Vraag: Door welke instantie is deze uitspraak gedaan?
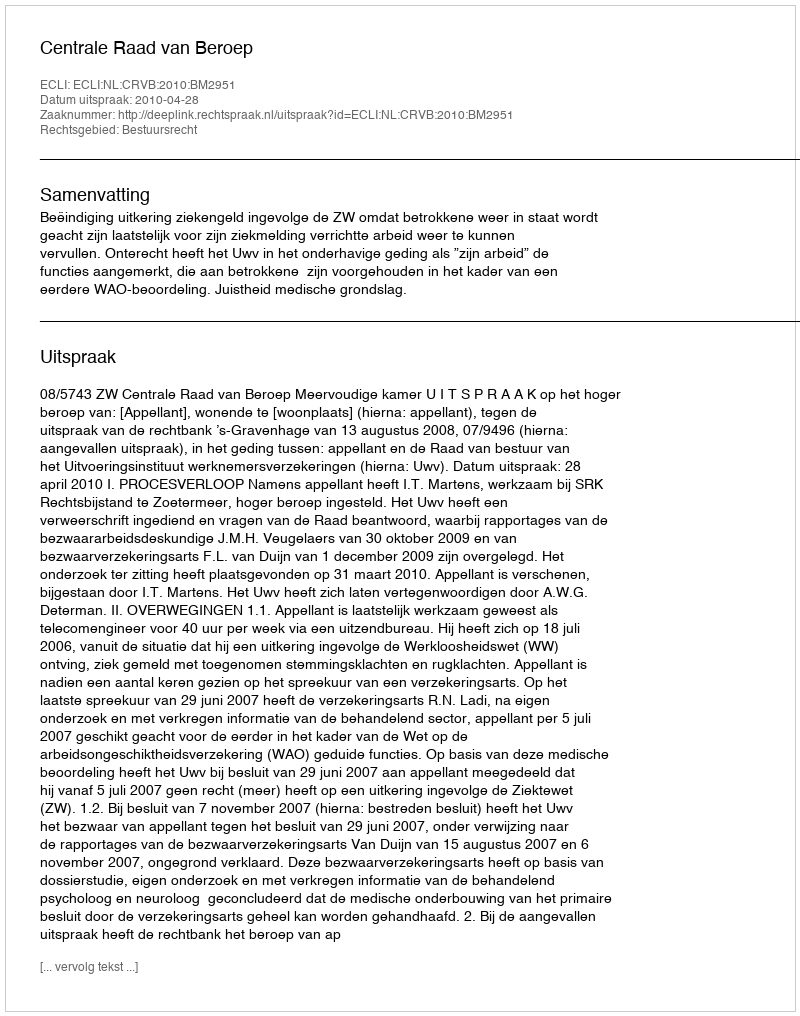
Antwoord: Centrale Raad van Beroep